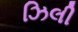
ઝિલી